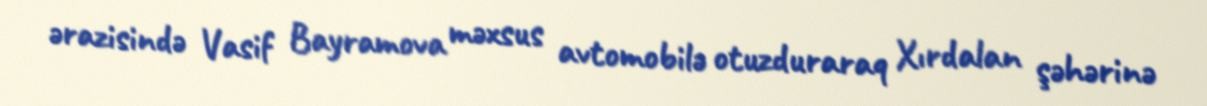
ərazisində Vasif Bayramova məxsus avtomobilə otuzduraraq Xırdalan şəhərinə